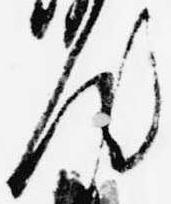
汰